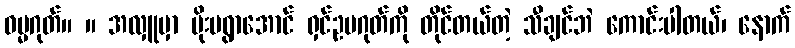
ဓမ္မဂုတ်။ ။ အလှူမှာ မိုးမရွာအောင် ရှင်ဥပဂုတ်ကို တိုင်တယ်တဲ့ သီချင်ဘဲ ကောင်းပါတယ်၊ နောက်